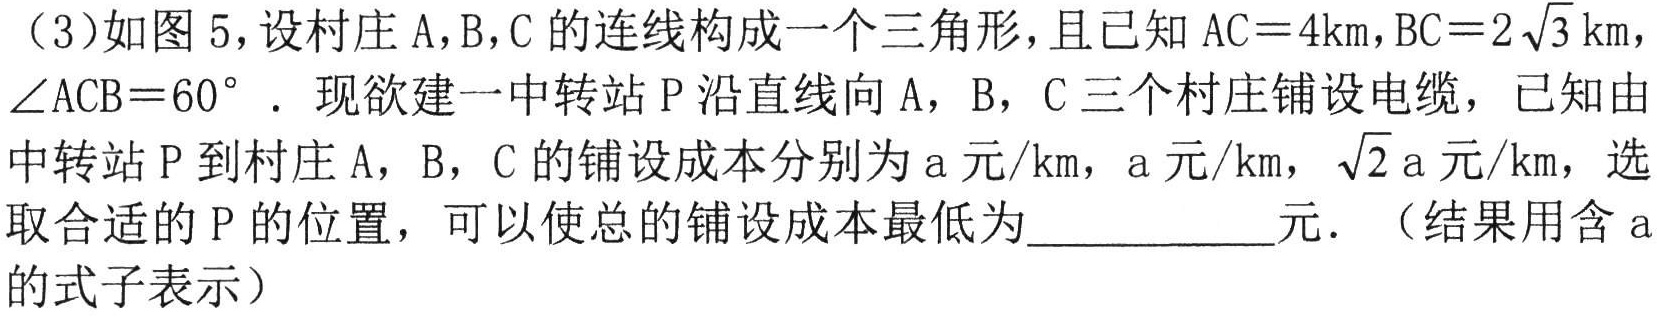
（3）如图5，设村庄A，B，C的连线构成一个三角形，且已知\(AC = 4\text{km}\)，\(BC = 2\sqrt{3}\text{km}\)，\(\angle ACB = 60^{\circ}\)．现欲建一中转站P沿直线向A，B，C三个村庄铺设电缆，已知由中转站P到村庄A，B，C的铺设成本分别为\(a\)元/\text{km}，\(a\)元/\text{km}，\(\sqrt{2}a\)元/\text{km}，选取合适的P的位置，可以使总的铺设成本最低为  元．（结果用含\(a\)的式子表示）